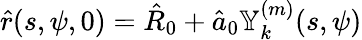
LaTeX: \hat{r}(s,\psi,0)=\hat{R}_{0}+\hat{a}_{0}\mathbb{Y}_{k}^{(m)}(s,\psi)